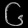
Digit: ၆